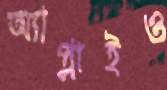
অ্যাপ্লাইও